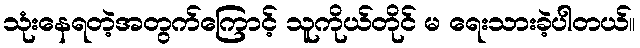
သုံးနေရတဲ့အတွက်ကြောင့် သူကိုယ်တိုင် မ ရေးသားခဲ့ပါတယ်။